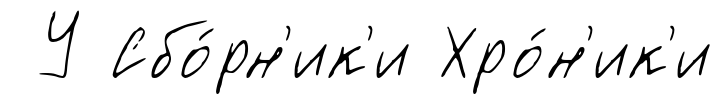
У Сбо́рн'ик'и Хро́н'ик'и